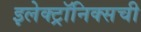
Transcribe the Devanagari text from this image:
इलेक्ट्रॉनिक्सची